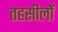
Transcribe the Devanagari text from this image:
तहसीलोँ